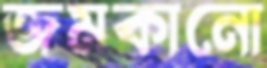
জমকানো